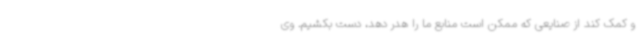
و کمک کند از صنایعی که ممکن است منابع ما را هدر دهد، دست بکشیم. وی